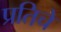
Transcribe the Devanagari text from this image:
प्रतिचे